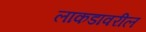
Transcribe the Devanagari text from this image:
लाकडावरील